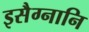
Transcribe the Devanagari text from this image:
इसैग्नानि